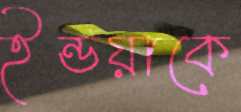
ইন্ডয়াকে